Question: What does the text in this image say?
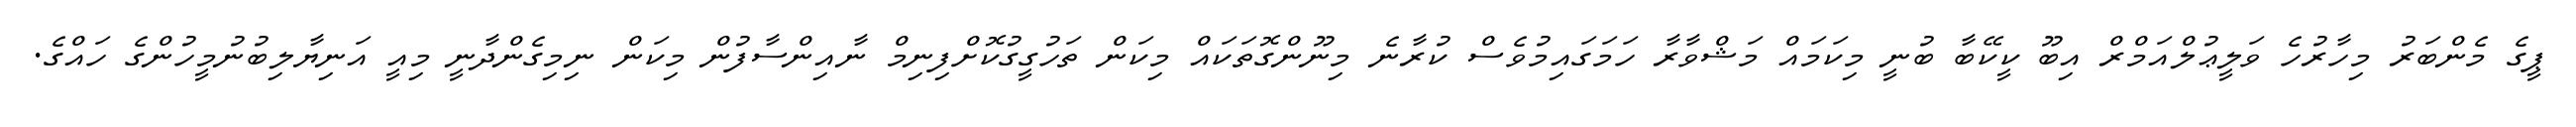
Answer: ޕީގެ މެންބަރު މިހާރުހެ ވަލީޢުލްއަމްރް އިބޫ ކީކޭބާ ބުނީ މިކަމައް މަޝްވާރާ ހަމަގައިމުވެސް ކުރާނެ މިނޫންގޮތަކައް މިކަން ތަހުގީގުކޮށްފިނިމް ނާއިންސާފުން މިކަން ނިމިގެންދާނީ މިއީ އަނިޔާލިބުނުމީހުންގެ ހައްގެ.